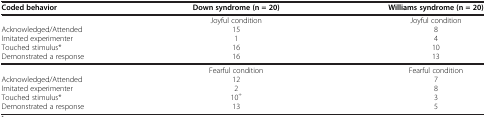
<table><thead><tr><td><b>Coded behavior</b></td><td><b>Down syndrome (n = 20)</b></td><td><b>Williams syndrome (n = 20)</b></td></tr></thead><tbody><tr><td> </td><td>Joyful condition</td><td>Joyful condition</td></tr><tr><td>Acknowledged/Attended</td><td>15</td><td>8</td></tr><tr><td>Imitated experimenter</td><td>1</td><td>4</td></tr><tr><td>Touched stimulus*</td><td>16</td><td>10</td></tr><tr><td>Demonstrated a response</td><td>16</td><td>13</td></tr><tr><td> </td><td>Fearful condition</td><td>Fearful condition</td></tr><tr><td>Acknowledged/Attended</td><td>12</td><td>7</td></tr><tr><td>Imitated experimenter</td><td>2</td><td>8</td></tr><tr><td>Touched stimulus*</td><td>10<sup>+</sup></td><td>3</td></tr><tr><td>Demonstrated a response</td><td>13</td><td>5</td></tr></tbody></table>